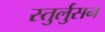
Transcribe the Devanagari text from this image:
स्तुर्लुसन